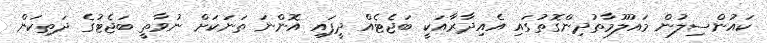
ކައުންސިލުން މައުލޫމާތުދިންގޮތުގައި އެއިދާރާއަކީ ބަޖެޓެއް ދީފައި އޮންނަ ތަނަކަށް ނުވާތީ ބަޖެޓުގެ ދަތިކަން